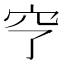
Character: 𥤣